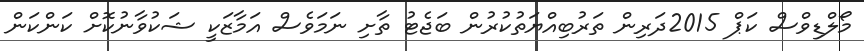
މޯލްޑިވްސް ކަޕް 2015ދަރިން ތަރުބިއްޔަތުކުރުން ބަޖެޓު ތާށި ނަމަވެސް އަމާޒަކީ ޝަކުވާނުކޮށް ކަންކަން